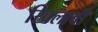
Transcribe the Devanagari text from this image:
खिलाबी